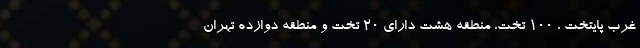
غرب پایتخت ، ١٠٠ تخت، منطقه هشت دارای 20 تخت و منطقه دوازده تهران